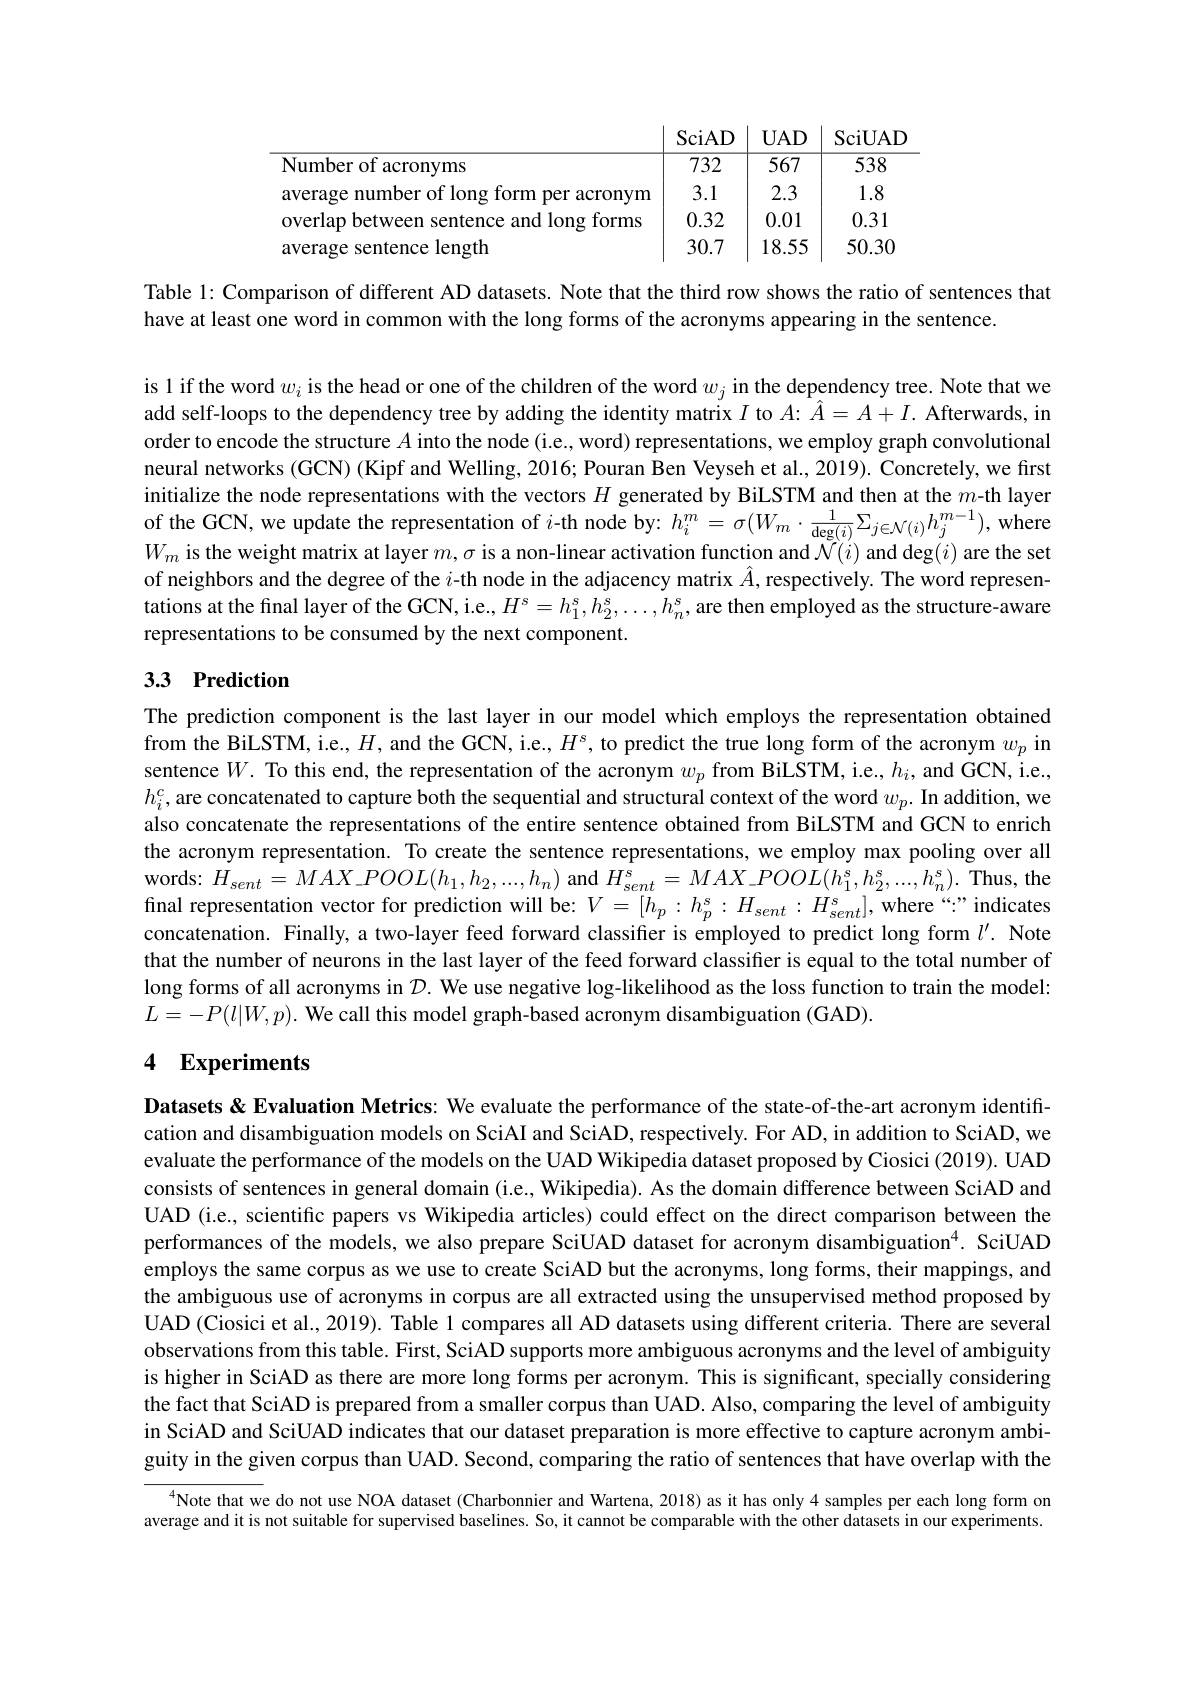
<table>
	<tbody>
		<tr>
			<th> </th>
			<th>SciAD</th>
			<th>$UAD$</th>
			<th>SciUAD</th>
		</tr>
		<tr>
			<td>Number of acronyms</td>
			<td>732</td>
			<td>567</td>
			<td>538</td>
		</tr>
		<tr>
			<td>average number of long form per acronym</td>
			<td>3.1</td>
			<td>2.3</td>
			<td>1.8</td>
		</tr>
		<tr>
			<td>overlap between sentence and long forms</td>
			<td>0.32</td>
			<td>0.01</td>
			<td>0.31</td>
		</tr>
		<tr>
			<td>average sentence length</td>
			<td>30.7</td>
			<td>18.55</td>
			<td>50.30</td>
		</tr>
	</tbody>
</table>

Table 1: Comparison of different AD datasets. Note that the third row shows the ratio of sentences that
have at least one word in common with the long forms of the acronyms appearing in the sentence.

is l if the word $w_i$ is the head or one of the children of the word $w_j$ in the dependency tree. Note that we add self-loops to the dependency tree by adding the identity matrix $I$ to $A{:}\hat{A}=A+I.$ Afterwards, in order to encode the structure $A$ into the node (i.e., word) representations, we employ graph convolutional neural networks (GCN) (Kipf and Welling, 2016; Pouran Ben Veyseh et al., 2019). Concretely, we first initialize the node representations with the vectors $H$ generated by BiLSTM and then at the $m$-th layer of the GCN, we update the representation of $i$-th node by: $h_i^m=\sigma(W_m\cdot\frac1{\deg(i)}\Sigma_{j\in\mathcal{N}(i)}h_j^{m-1})$, where $W_m$ is the weight matrix at layer $m,\sigma$ is a non-linear activation function and $\tilde{\mathcal{N}}(i)$ and deg$(i)$ are the set of neighbors and the degree of the $i$ -th node in the adjacency matrix $\hat{A}$, respectively. The word representations at the final layer of the GCN, i.e., $H^s=h_1^s,h_2^s,\ldots,h_n^s$, are then employed as the structure-aware representations to be consumed by the next component.

# 3.3 Prediction

The prediction component is the last layer in our model which employs the representation obtained from the BiLSTM, i.e., $H$, and the GCN, i.e., $H^s$, to predict the true long form of the acronym $w_p$ in sentence $W.$ To this end, the representation of the acronym $w_p$ from BiLSTM, i.e., $h_i$, and GCN, i.e., $h_i^c$, are concatenated to capture both the sequential and structural context of the word $w_p.$ In addition, we also concatenate the representations of the entire sentence obtained from BiLSTM and GCN to enrich the acronym representation. To create the sentence representations, we employ max pooling over all words: $H_{sent}= MAX\_ POOL( h_{1}, h_{2}, . . . , h_{n})$ and $H_{sent}^{s}=MAX\_POOL(h_{1}^{s},h_{2}^{s},...,h_{n}^{s}).$ Thus, the final representation vector for prediction will be: $V=[h_p:h_p^s:H_{sent}:H_{sent}^s]$, where “”indicates concatenation. Finally, a two-layer feed forward classifier is employed to predict long form $l^{\prime}.$ Note that the number of neurons in the last layer of the feed forward classifier is equal to the total number of long forms of all acronyms in $\mathcal{D}.$ We use negative log-likelihood as the loss function to train the model: $L=-P(l|W,p).$ We call this model graph-based acronym disambiguation (GAD).

## 4 Experiments

Datasets & Evaluation Metrics: We evaluate the performance of the state-of-the-art acronym identiffcation and disambiguation models on SciAI and SciAD, respectively. For AD, in addition to SciAD, we evaluate the performance of the models on the UAD Wikipedia dataset proposed by Ciosici (2019). UAD consists of sentences in general domain (i.e., Wikipedia). As the domain difference between SciAD and UAD (i.e., scientific papers vs Wikipedia articles) could effect on the direct comparison between the performances of the models, we also prepare SciUAD dataset for acronym disambiguation$^{4}$. SciUAD employs the same corpus as we use to create SciAD but the acronyms, long forms, their mappings, and the ambiguous use of acronyms in corpus are all extracted using the unsupervised method proposed by UAD (Ciosici et al., 2019). Table l compares all AD datasets using different criteria. There are several observations from this table. First, SciAD supports more ambiguous acronyms and the level of ambiguity is higher in SciAD as there are more long forms per acronym. This is significant, specially considering the fact that SciAD is prepared from a smaller corpus than UAD. Also, comparing the level of ambiguity in SciAD and SciUAD indicates that our dataset preparation is more effective to capture acronym ambiguity in the given corpus than UAD. Second, comparing the ratio of sentences that have overlap with the

$^{4}$Note that we do not use NOA dataset (Charbonnier and Wartena, 2018) as it has only 4 samples per each long form on

average and it is not suitable for supervised baselines. So, it cannot be comparable with the other datasets in our experiments